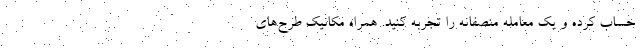
حساب کرده و یک معامله منصفانه را تجربه کنید. همراه مکانیک طرح‌های